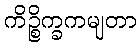
ကိဉ္စိက္ခကမျတာ